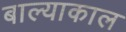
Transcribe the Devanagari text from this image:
बाल्याकाल